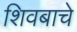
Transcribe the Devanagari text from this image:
शिवबाचे